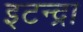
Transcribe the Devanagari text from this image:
इटन्द्रा